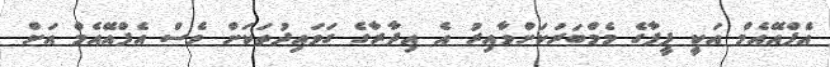
އެފްއޭއެމް އަކީ ފީފާގެ މެމްބަރަކަށްވާއިރު އެ އިދާރާގެ ގަވައިދުތަކަށް ވެސް އެފްއޭއެމް އަށް